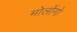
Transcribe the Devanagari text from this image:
मोलोंगो